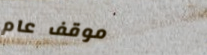
موقف عام